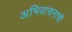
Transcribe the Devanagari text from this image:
अभिवाचनाची